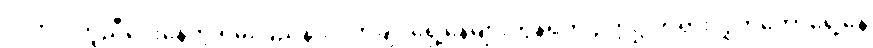
လိုက်ပါကူညီပေးနေတဲ့ ရှမ်းပြည်နယ်၊ ကချင်ရှေ့နေများကွန်ရက် ဥက္ကဋ္ဌ တရားလွှတ်တော်ရှေ့နေ